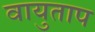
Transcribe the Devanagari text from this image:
वायुताप